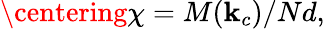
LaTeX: \centering\chi=M(\mathbf{k}_{c})/Nd,